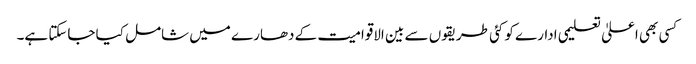
کسی بھی اعلیٰ تعلیمی ادارے کو کئی طریقوں سے بین الاقوامیت کے دھارے میں شامل کیا جاسکتا ہے۔